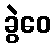
ခွဲဝေ